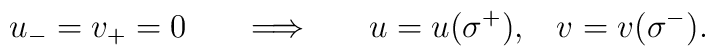
u_-=v_+=0\;\;\;\;\;\;\Longrightarrow\;\;\;\;\;\;u=u(\sigma^+),\;\;\;v=v(\sigma^-).